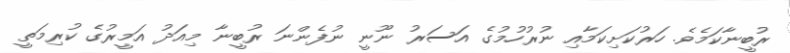
ރުބީނާކަމެވެ. ހަރުކަށިކަމާއި ނުރުހުމުގެ އަސަރު ނޫނީ ނުފެންނަ ރުބީނާ މިއަދު އަމީރުގެ ކުރިމަތީ